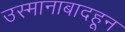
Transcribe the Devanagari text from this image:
उस्मानाबादहून